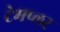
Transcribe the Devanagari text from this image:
टेमप्लर